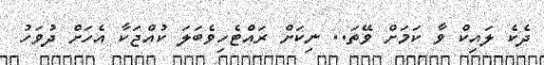
ދެކެ ލައިކް ވާ ކަމަށް ވޭތަ.. ނިކަށް ރައްޓެހިވެބަލަ ކުއްޖަކާ އެހަށް ދުވަހު